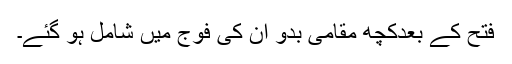
فتح کے بعدکچھ مقامی بدو ان کی فوج میں شامل ہو گئے۔